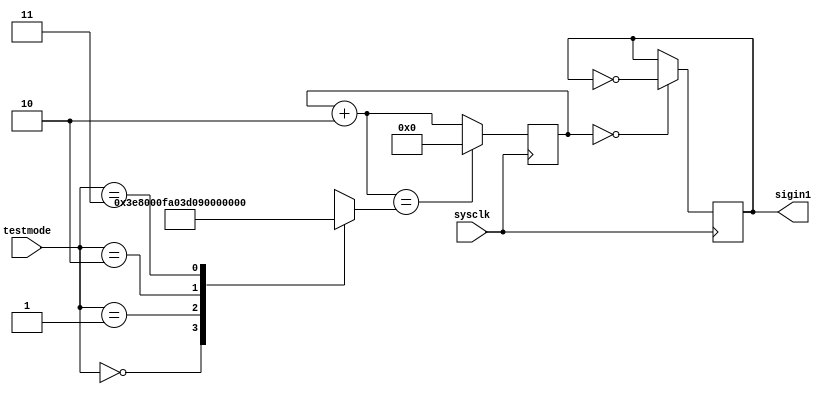
module signalinput(
input [1:0] testmode,//00,01,10,11????4???????3125?250?50?12500Hz???
//SW1~SW0???
input sysclk,//????100M
output sigin1//??????
);
reg[20:0] state;
reg[20:0] divide;
reg sigin;
assign sigin1=sigin;
initial
begin
sigin=0;
state=21'b000000000000000000000;
divide=21'b000000_1111_1010_0000000;
end
always@(testmode)
begin
case(testmode[1:0])
2'b00:divide=21'b000000_1111_1010_0000000;//3125Hz,????32000
2'b01:divide=21'b0000000_1111_1010_000000;//6125Hz?????16000
2'b10:divide=21'b1111_0100_0010_0100_00000;//50Hz,????2000000
2'b11:divide=21'b00000000_1111_1010_00000;//12500Hz?????8000
endcase
end
always@(posedge sysclk)//?divide??
begin
if(state==0)
sigin=~sigin;
state=state+21'b0_00__0000_0000_0000_0000_10;
if(state==divide)
state=27'b000_0000_0000_0000_0000_0000_0000;
end
endmodule